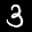
Label: 3